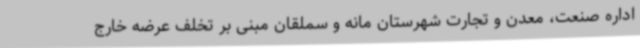
اداره صنعت، معدن و تجارت شهرستان مانه و سملقان مبنی بر تخلف عرضه خارج